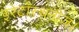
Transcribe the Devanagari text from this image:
इरेटॉस्थनीज।